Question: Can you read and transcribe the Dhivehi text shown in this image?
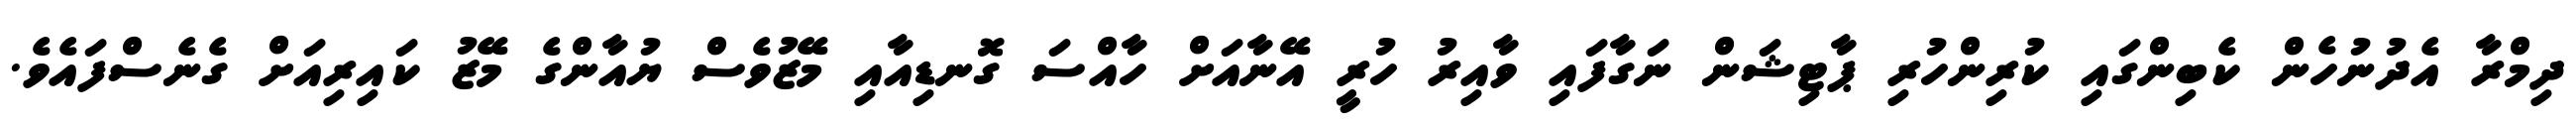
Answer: ދިމްރާ އެދުނުހެން ކެބިންގައި ކުރިންހުރި ޕާޓިޝަން ނަގާފައި ވާއިރު ހުރީ އޭނާއަށް ހާއްސަ ގޮނޑިއާއި މޭޒުވެސް ޔުއާންގެ މޭޒު ކައިރިއަށް ގެނެސްފައެވެ.